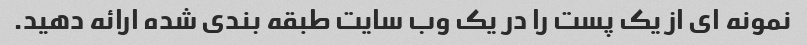
نمونه ای از یک پست را در یک وب سایت طبقه بندی شده ارائه دهید.